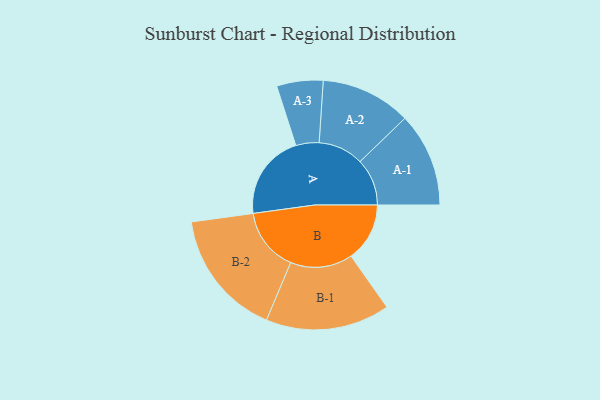
{"axis": {"x": "Segment", "y": "Value"}, "legend": ["", "A", "B"], "data": [{"x": "A", "y": 369, "type": ""}, {"x": "B", "y": 253, "type": ""}, {"x": "A-1", "y": 203, "type": "A"}, {"x": "A-2", "y": 195, "type": "A"}, {"x": "A-3", "y": 100, "type": "A"}, {"x": "B-1", "y": 268, "type": "B"}, {"x": "B-2", "y": 274, "type": "B"}]}